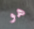
هو